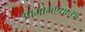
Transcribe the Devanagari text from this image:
उपभोगण्याच्या